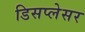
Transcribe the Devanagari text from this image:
डिसप्लेसर